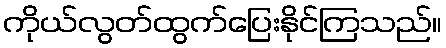
ကိုယ်လွတ်ထွက်ပြေးနိုင်ကြသည်။